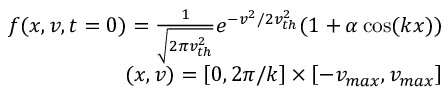
\begin{array} { r } { f ( x , v , t = 0 ) = \frac { 1 } { \sqrt { 2 \pi v _ { t h } ^ { 2 } } } e ^ { - v ^ { 2 } / 2 v _ { t h } ^ { 2 } } ( 1 + \alpha \cos ( k x ) ) } \\ { ( x , v ) = \left[ 0 , 2 \pi / k \right] \times \left[ - v _ { m a x } , v _ { m a x } \right] } \end{array}